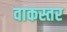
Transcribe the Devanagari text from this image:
वाकस्तर